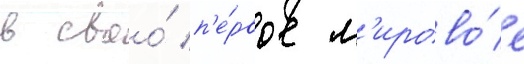
в своо́ п'е́рвое м'ирово́е